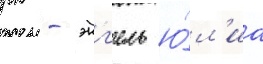
рк - энг'ель ю́л'иа